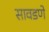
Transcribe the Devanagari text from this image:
सावडणे